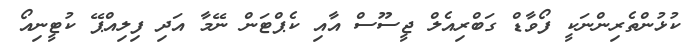
ކުޅުންތެރިންނަކީ ފޯވާޑް ގަބްރިއެލް ޖީސޫސް އާއި ކެޕްޓަން ނޭމާ އަދި ފިލިއްޕޭ ކުޓީނިއޯ